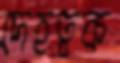
দেহত্বক